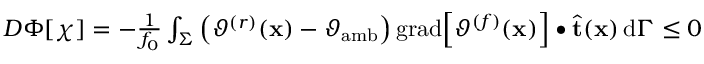
\begin{array} { r } { D \Phi [ \chi ] = - \frac { 1 } { f _ { 0 } } \int _ { \Sigma } \left( \vartheta ^ { ( r ) } ( \mathbf { x } ) - \vartheta _ { \mathrm { a m b } } \right) \mathrm { g r a d } \Big [ \vartheta ^ { ( f ) } ( \mathbf { x } ) \Big ] \bullet \widehat { \mathbf { t } } ( \mathbf { x } ) \, \mathrm { d } \Gamma \leq 0 } \end{array}